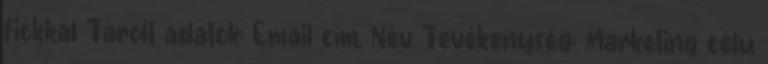
fiókkal Tárolt adatok: Email cím, Név Tevékenység: Marketing célú